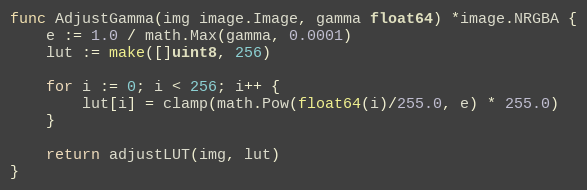
Language: Go
func AdjustGamma(img image.Image, gamma float64) *image.NRGBA {
	e := 1.0 / math.Max(gamma, 0.0001)
	lut := make([]uint8, 256)

	for i := 0; i < 256; i++ {
		lut[i] = clamp(math.Pow(float64(i)/255.0, e) * 255.0)
	}

	return adjustLUT(img, lut)
}